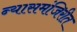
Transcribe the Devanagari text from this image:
न्यासमंजिरीत